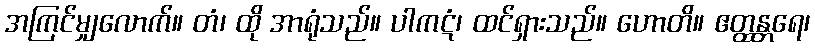
အကြင်မျှလောက်။ တံ၊ ထို အာရုံသည်။ ပါကဋံ၊ ထင်ရှားသည်။ ဟောတိ။ ဧတ္ထန္တရေ၊